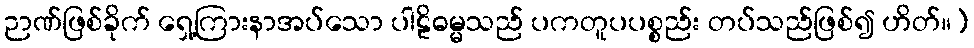
ဉာဏ်ဖြစ်ခိုက် ရှေ့ကြားနာအပ်သော ပါဠိဓမ္မသည် ပကတူပပစ္စည်း တပ်သည်ဖြစ်၍ ဟိတ်။)